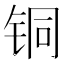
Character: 铜